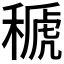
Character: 𥠱